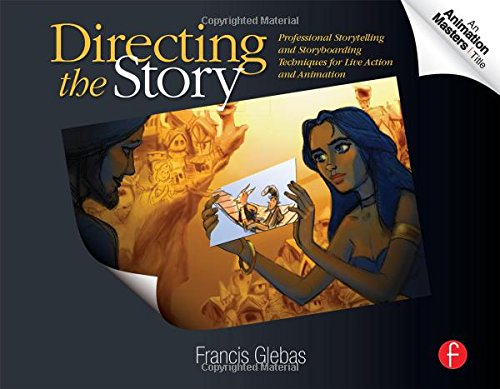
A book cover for Directing the Story: Professional Storytelling and Storyboarding Techniques for Live Action and Animation; Francis Glebas; Humor & Entertainment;